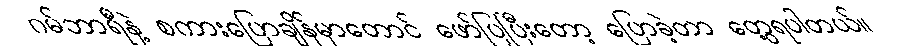
ဂမ်ဘာရီနဲ့ စကားပြောချိန်မှာတောင် ဖော်ပြပြီးတော့ ပြောခဲ့တာ တွေ့ရပါတယ်။